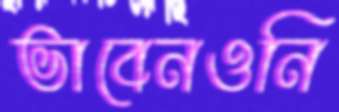
ভাবেনওনি